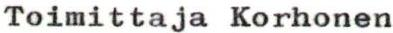
Toimittaja Korhonen